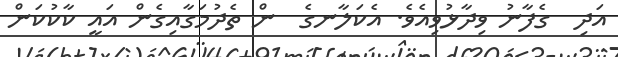
އަދި  ގެފާނު ވިދާޅުވިއެވެ. އެކަލާނގެ  ން ތެދުމަގާއިގެން އައީ ކާކުކަން